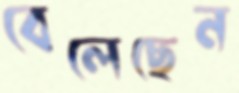
বেলেছেন